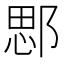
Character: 𨜐